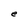
Character: e